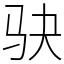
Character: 𫘝